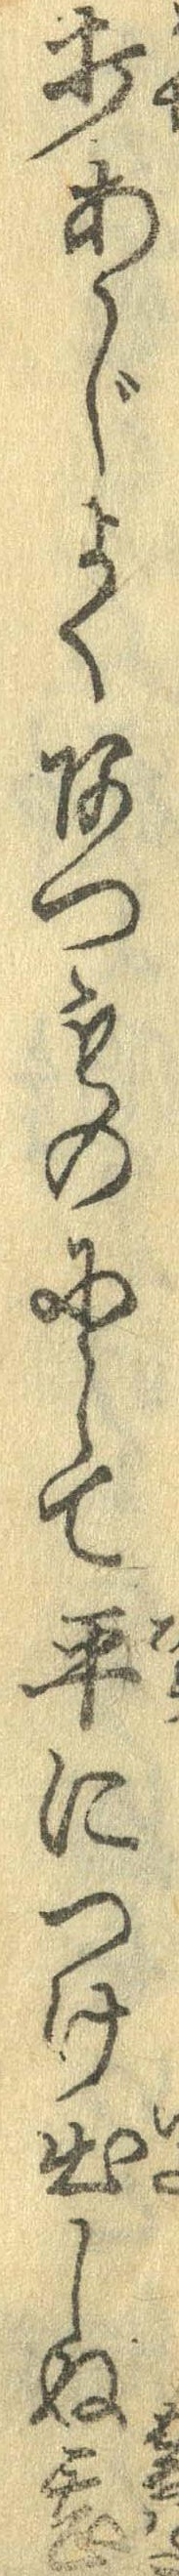
打あじよくあつものにして平につけ出しぬ甚